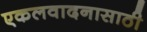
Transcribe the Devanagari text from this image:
एकलवादनासाठी